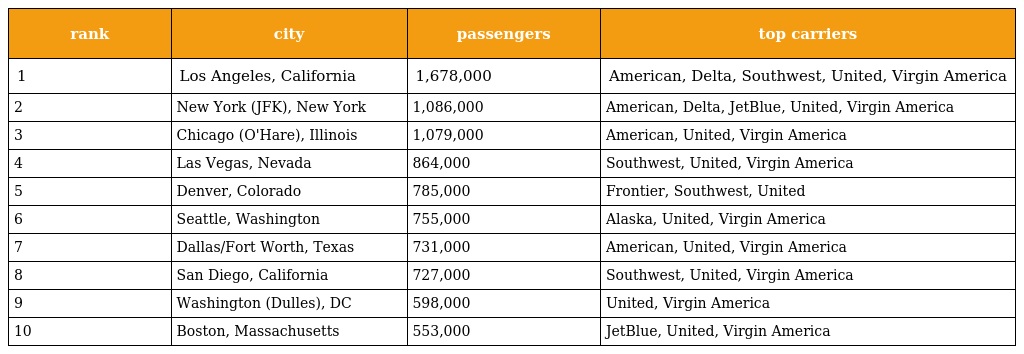
| rank | city | passengers | top carriers |
 | --- | --- | --- | --- |
 | 1 | Los Angeles, California | 1,678,000 | American, Delta, Southwest, United, Virgin America |
 | 2 | New York (JFK), New York | 1,086,000 | American, Delta, JetBlue, United, Virgin America |
 | 3 | Chicago (O'Hare), Illinois | 1,079,000 | American, United, Virgin America |
 | 4 | Las Vegas, Nevada | 864,000 | Southwest, United, Virgin America |
 | 5 | Denver, Colorado | 785,000 | Frontier, Southwest, United |
 | 6 | Seattle, Washington | 755,000 | Alaska, United, Virgin America |
 | 7 | Dallas/Fort Worth, Texas | 731,000 | American, United, Virgin America |
 | 8 | San Diego, California | 727,000 | Southwest, United, Virgin America |
 | 9 | Washington (Dulles), DC | 598,000 | United, Virgin America |
 | 10 | Boston, Massachusetts | 553,000 | JetBlue, United, Virgin America |